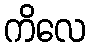
ကိလေ